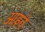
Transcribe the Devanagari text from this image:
आइवें